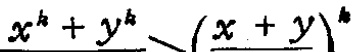
$x^{k}+y^{k}\_( \frac{x + y}{})^{k}$